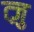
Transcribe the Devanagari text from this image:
त्ज़ु